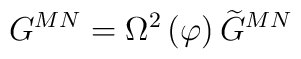
G^{MN}=\Omega ^2\left( \varphi \right) \widetilde{G}^{MN}